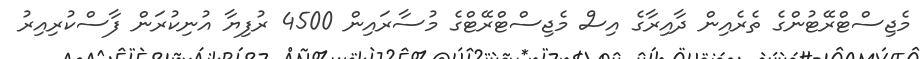
މެޖިސްޓްރޭޓުންގެ ތެރެއިން ދާއިރާގެ އިސް މެޖިސްޓްރޭޓްގެ މުސާރައިން 4500 ރުފިޔާ އުނިކުރަން ފާސްކުރިއިރު